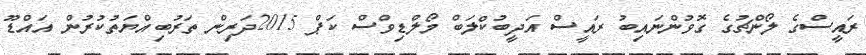
ރައީސްގެ ލޯންޗުގެ ގޮވުންނައިބު ރައީސް އަދީބުކްލަބް މޯލްޑިވްސް ކަޕް 2015ދަރިން ތަރުބިއްޔަތުކުރުން އައްޑޫ